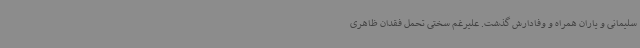
سلیمانی و یاران همراه و وفادارش گذشت. علیرغم سختی تحمل فقدان ظاهری